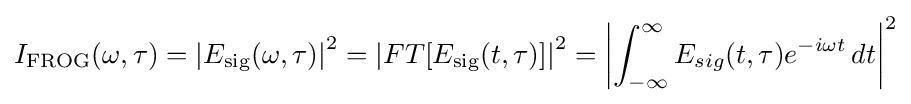
I_{\text{FROG}}(\omega ,\tau )=\left|E_{\text{sig}}(\omega ,\tau )\right|^{2}=\left|FT[E_{\text{sig}}(t,\tau )]\right|^{2}=\left|\int _{-\infty }^{\infty }E_{sig}(t,\tau )e^{-i\omega t}\,dt\right|^{2}